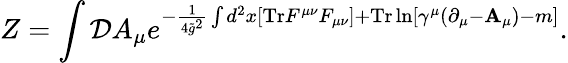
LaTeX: Z=\int{\cal D}A_{\mu}e^{-{\frac{1}{4{\tilde{g}}^{2}}}\int d^{2}x[\mathrm{Tr}F^{\mu\nu}F_{\mu\nu}]+\mathrm{Tr}\ln[\gamma^{\mu}(\partial_{\mu}-{\mathbf A}_{\mu})-m]}.